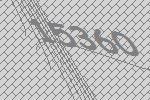
15360